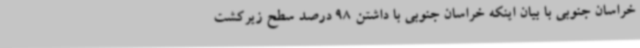
خراسان جنوبی با بیان اینکه خراسان جنوبی با داشتن 98 درصد سطح زیرکشت